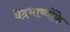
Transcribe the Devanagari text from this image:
वेदभाष्योंके